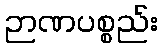
ဉာဏပစ္စည်း